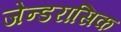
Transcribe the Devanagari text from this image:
जेन्डरासिक